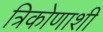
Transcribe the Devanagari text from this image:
त्रिकोणाशी